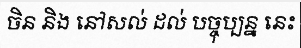
ចិន និង នៅសល់ ដល់ បច្ចុប្បន្ន នេះ